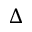
\Delta